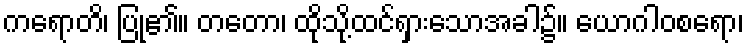
ကရောတိ၊ ပြု၏။ တတော၊ ထိုသို့ထင်ရှားသောအခါ၌။ ယောဂါဝစရော၊